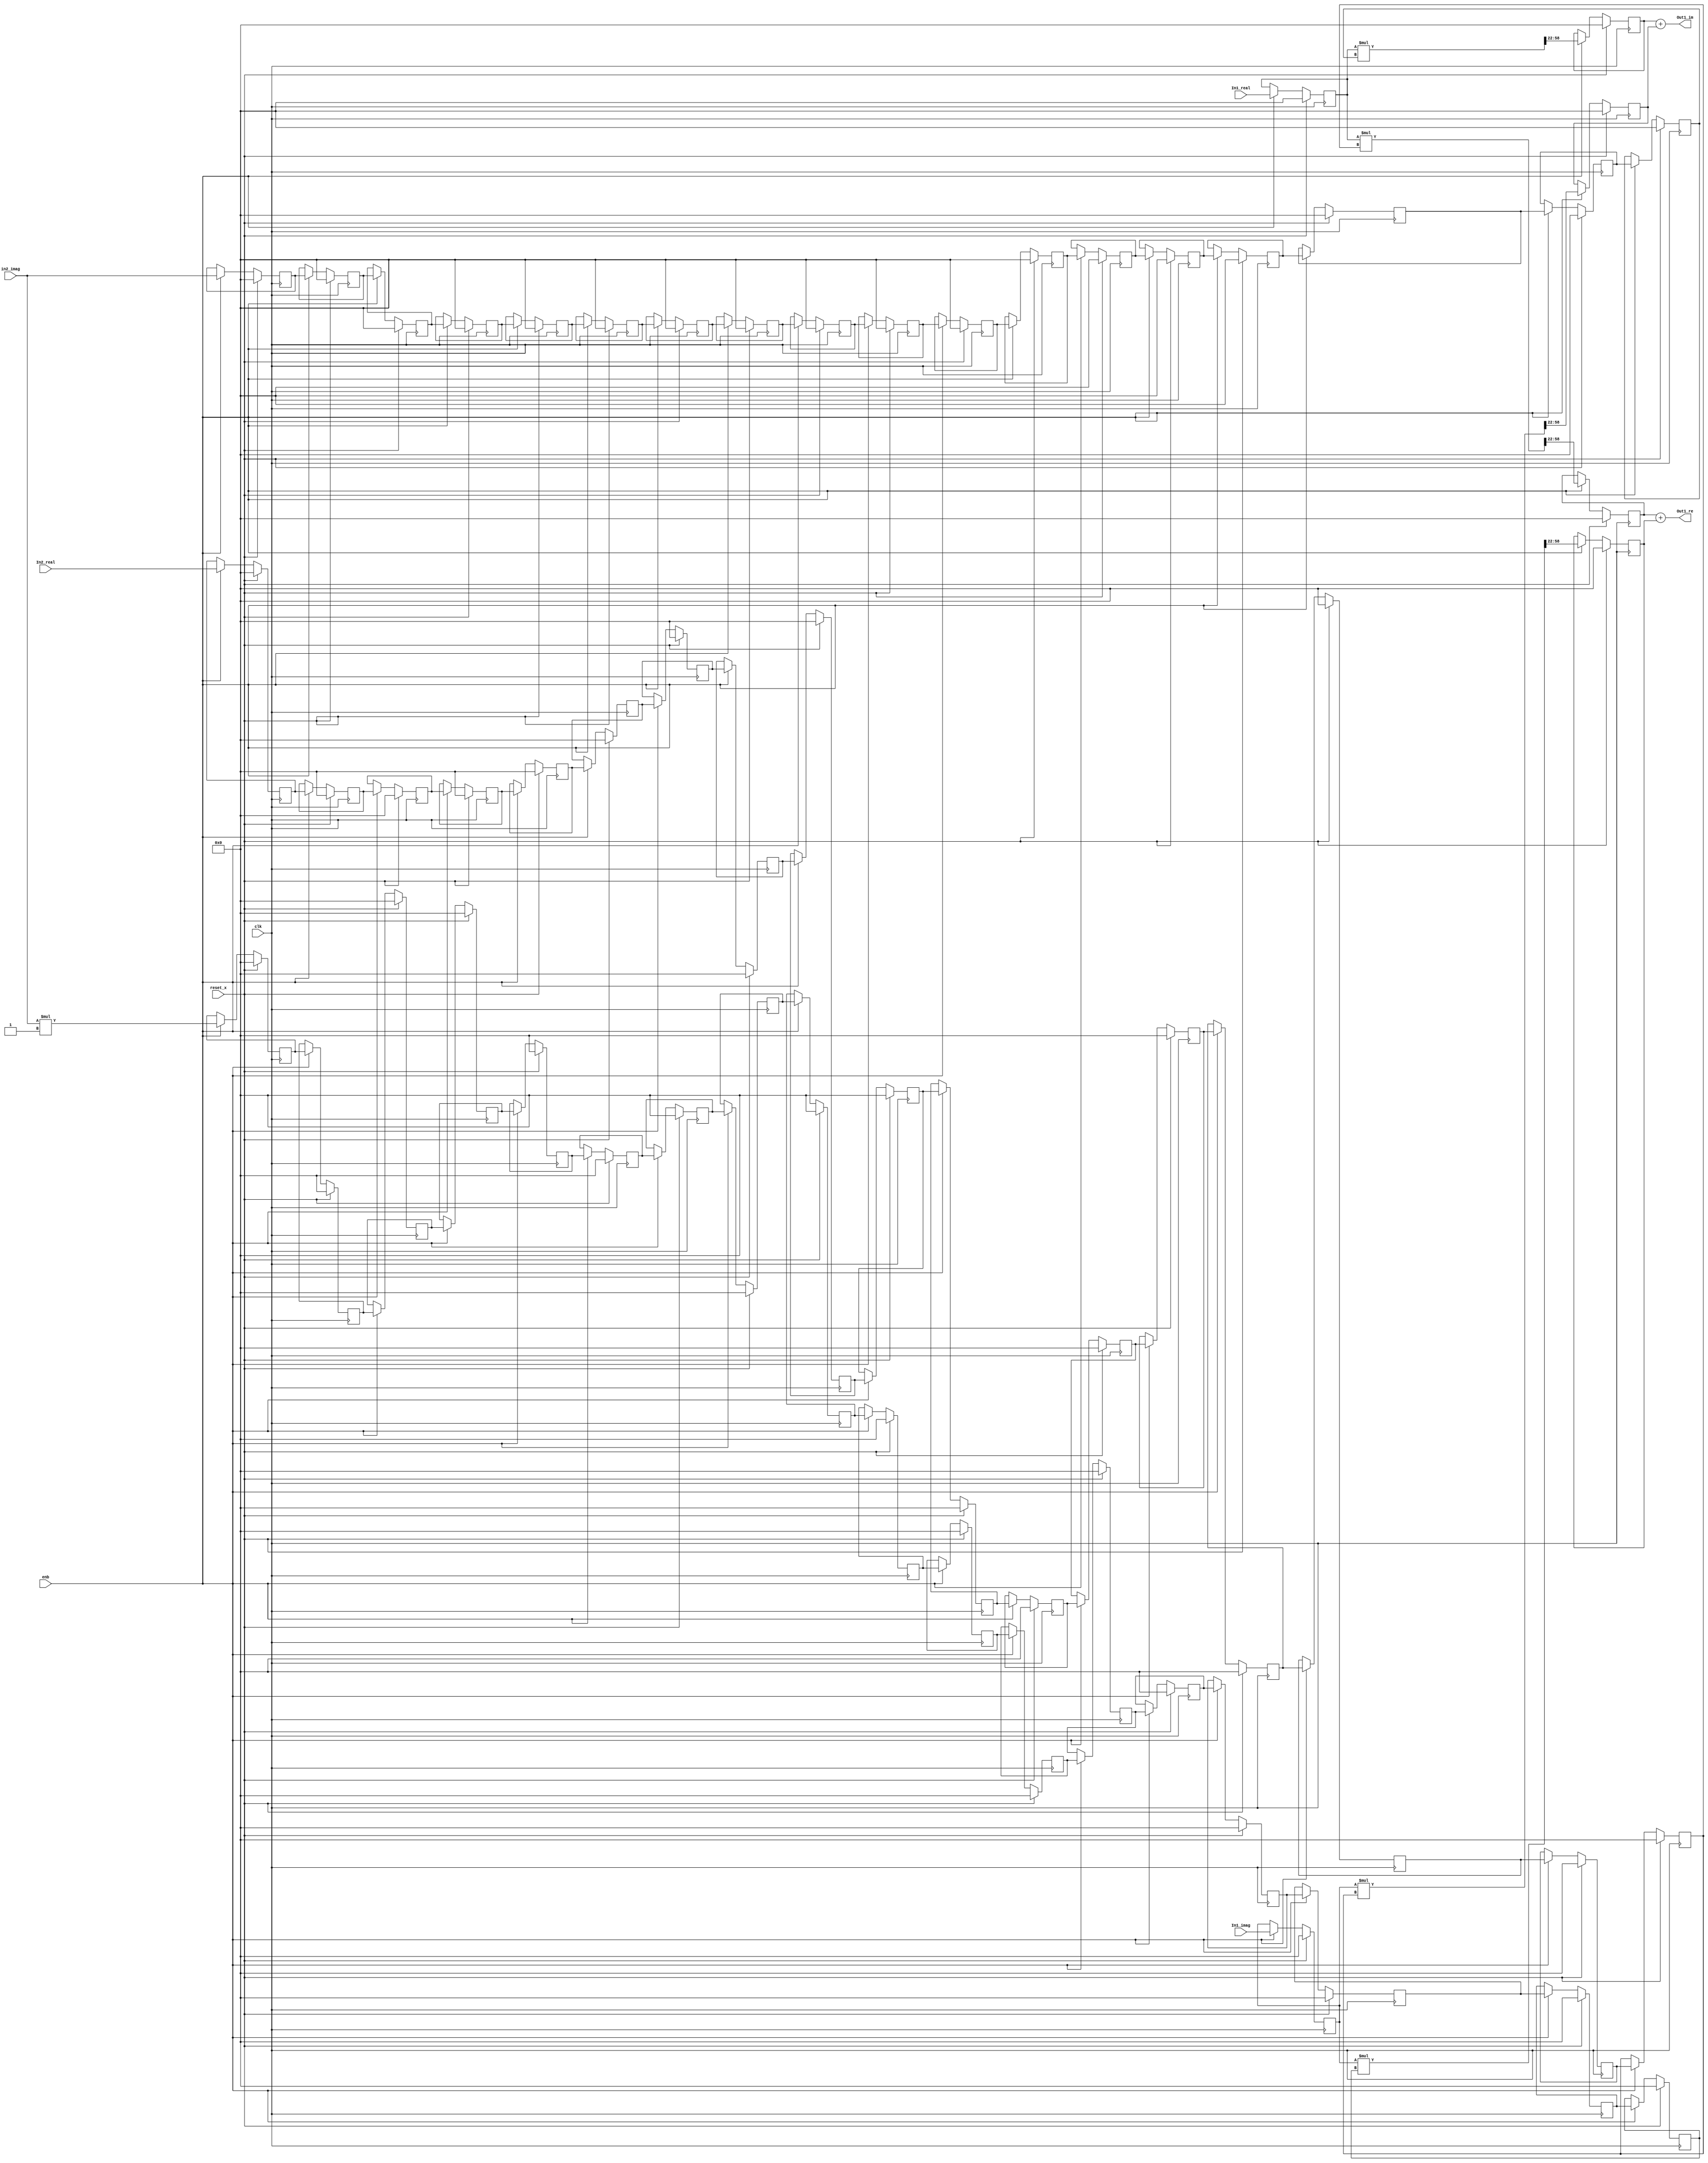
// -------------------------------------------------------------
// 
// 
// Generated by MATLAB 9.8 and HDL Coder 3.16
// 
// -------------------------------------------------------------


// -------------------------------------------------------------
// 
// Module: Complex_multiplication1_block29
// Source Path: newhope_cambios/FDHT/DFT_2/W50/Complex-multiplication1
// Hierarchy Level: 3
// 
// -------------------------------------------------------------

`timescale 1 ns / 1 ns

module Complex_multiplication1_block29
          (clk,
           reset_x,
           enb,
           In1_real,
           In1_imag,
           In2_real,
           in2_imag,
           Out1_re,
           Out1_im);


  input   clk;
  input   reset_x;
  input   enb;
  input   signed [36:0] In1_real;  // sfix37_En22
  input   signed [36:0] In1_imag;  // sfix37_En22
  input   signed [36:0] In2_real;  // sfix37_En22
  input   signed [36:0] in2_imag;  // sfix37_En22
  output  signed [36:0] Out1_re;  // sfix37_En22
  output  signed [36:0] Out1_im;  // sfix37_En22


  reg signed [36:0] In1_real_1;  // sfix37_En22
  reg signed [36:0] reduced_reg [0:17];  // sfix37 [18]
  wire signed [36:0] reduced_reg_next [0:17];  // sfix37_En22 [18]
  wire signed [36:0] In2_real_1;  // sfix37_En22
  wire signed [73:0] Product_mul_temp;  // sfix74_En44
  wire signed [36:0] Product_out1;  // sfix37_En22
  reg signed [36:0] Product_out1_1;  // sfix37_En22
  reg signed [36:0] In1_imag_1;  // sfix37_En22
  wire signed [1:0] Constant_out1;  // sfix2
  wire signed [38:0] Product4_mul_temp;  // sfix39_En22
  wire signed [36:0] Product4_out1;  // sfix37_En22
  reg signed [36:0] HwModeRegister3_reg [0:17];  // sfix37 [18]
  wire signed [36:0] HwModeRegister3_reg_next [0:17];  // sfix37_En22 [18]
  wire signed [36:0] Product4_out1_1;  // sfix37_En22
  wire signed [73:0] Product1_mul_temp;  // sfix74_En44
  wire signed [36:0] Product1_out1;  // sfix37_En22
  reg signed [36:0] Product1_out1_1;  // sfix37_En22
  wire signed [36:0] Sum_out1;  // sfix37_En22
  reg signed [36:0] HwModeRegister5_reg [0:17];  // sfix37 [18]
  wire signed [36:0] HwModeRegister5_reg_next [0:17];  // sfix37_En22 [18]
  wire signed [36:0] in2_imag_1;  // sfix37_En22
  wire signed [73:0] Product2_mul_temp;  // sfix74_En44
  wire signed [36:0] Product2_out1;  // sfix37_En22
  reg signed [36:0] Product2_out1_1;  // sfix37_En22
  wire signed [73:0] Product3_mul_temp;  // sfix74_En44
  wire signed [36:0] Product3_out1;  // sfix37_En22
  reg signed [36:0] Product3_out1_1;  // sfix37_En22
  wire signed [36:0] Sum1_out1;  // sfix37_En22


  always @(posedge clk)
    begin : reduced_process
      if (reset_x == 1'b1) begin
        In1_real_1 <= 37'sh0000000000;
      end
      else begin
        if (enb) begin
          In1_real_1 <= In1_real;
        end
      end
    end



  always @(posedge clk)
    begin : reduced_1_process
      if (reset_x == 1'b1) begin
        reduced_reg[0] <= 37'sh0000000000;
        reduced_reg[1] <= 37'sh0000000000;
        reduced_reg[2] <= 37'sh0000000000;
        reduced_reg[3] <= 37'sh0000000000;
        reduced_reg[4] <= 37'sh0000000000;
        reduced_reg[5] <= 37'sh0000000000;
        reduced_reg[6] <= 37'sh0000000000;
        reduced_reg[7] <= 37'sh0000000000;
        reduced_reg[8] <= 37'sh0000000000;
        reduced_reg[9] <= 37'sh0000000000;
        reduced_reg[10] <= 37'sh0000000000;
        reduced_reg[11] <= 37'sh0000000000;
        reduced_reg[12] <= 37'sh0000000000;
        reduced_reg[13] <= 37'sh0000000000;
        reduced_reg[14] <= 37'sh0000000000;
        reduced_reg[15] <= 37'sh0000000000;
        reduced_reg[16] <= 37'sh0000000000;
        reduced_reg[17] <= 37'sh0000000000;
      end
      else begin
        if (enb) begin
          reduced_reg[0] <= reduced_reg_next[0];
          reduced_reg[1] <= reduced_reg_next[1];
          reduced_reg[2] <= reduced_reg_next[2];
          reduced_reg[3] <= reduced_reg_next[3];
          reduced_reg[4] <= reduced_reg_next[4];
          reduced_reg[5] <= reduced_reg_next[5];
          reduced_reg[6] <= reduced_reg_next[6];
          reduced_reg[7] <= reduced_reg_next[7];
          reduced_reg[8] <= reduced_reg_next[8];
          reduced_reg[9] <= reduced_reg_next[9];
          reduced_reg[10] <= reduced_reg_next[10];
          reduced_reg[11] <= reduced_reg_next[11];
          reduced_reg[12] <= reduced_reg_next[12];
          reduced_reg[13] <= reduced_reg_next[13];
          reduced_reg[14] <= reduced_reg_next[14];
          reduced_reg[15] <= reduced_reg_next[15];
          reduced_reg[16] <= reduced_reg_next[16];
          reduced_reg[17] <= reduced_reg_next[17];
        end
      end
    end

  assign In2_real_1 = reduced_reg[17];
  assign reduced_reg_next[0] = In2_real;
  assign reduced_reg_next[1] = reduced_reg[0];
  assign reduced_reg_next[2] = reduced_reg[1];
  assign reduced_reg_next[3] = reduced_reg[2];
  assign reduced_reg_next[4] = reduced_reg[3];
  assign reduced_reg_next[5] = reduced_reg[4];
  assign reduced_reg_next[6] = reduced_reg[5];
  assign reduced_reg_next[7] = reduced_reg[6];
  assign reduced_reg_next[8] = reduced_reg[7];
  assign reduced_reg_next[9] = reduced_reg[8];
  assign reduced_reg_next[10] = reduced_reg[9];
  assign reduced_reg_next[11] = reduced_reg[10];
  assign reduced_reg_next[12] = reduced_reg[11];
  assign reduced_reg_next[13] = reduced_reg[12];
  assign reduced_reg_next[14] = reduced_reg[13];
  assign reduced_reg_next[15] = reduced_reg[14];
  assign reduced_reg_next[16] = reduced_reg[15];
  assign reduced_reg_next[17] = reduced_reg[16];



  assign Product_mul_temp = In1_real_1 * In2_real_1;
  assign Product_out1 = Product_mul_temp[58:22];



  always @(posedge clk)
    begin : PipelineRegister_process
      if (reset_x == 1'b1) begin
        Product_out1_1 <= 37'sh0000000000;
      end
      else begin
        if (enb) begin
          Product_out1_1 <= Product_out1;
        end
      end
    end



  always @(posedge clk)
    begin : reduced_2_process
      if (reset_x == 1'b1) begin
        In1_imag_1 <= 37'sh0000000000;
      end
      else begin
        if (enb) begin
          In1_imag_1 <= In1_imag;
        end
      end
    end



  assign Constant_out1 = 2'sb11;



  assign Product4_mul_temp = in2_imag * Constant_out1;
  assign Product4_out1 = Product4_mul_temp[36:0];



  always @(posedge clk)
    begin : HwModeRegister3_process
      if (reset_x == 1'b1) begin
        HwModeRegister3_reg[0] <= 37'sh0000000000;
        HwModeRegister3_reg[1] <= 37'sh0000000000;
        HwModeRegister3_reg[2] <= 37'sh0000000000;
        HwModeRegister3_reg[3] <= 37'sh0000000000;
        HwModeRegister3_reg[4] <= 37'sh0000000000;
        HwModeRegister3_reg[5] <= 37'sh0000000000;
        HwModeRegister3_reg[6] <= 37'sh0000000000;
        HwModeRegister3_reg[7] <= 37'sh0000000000;
        HwModeRegister3_reg[8] <= 37'sh0000000000;
        HwModeRegister3_reg[9] <= 37'sh0000000000;
        HwModeRegister3_reg[10] <= 37'sh0000000000;
        HwModeRegister3_reg[11] <= 37'sh0000000000;
        HwModeRegister3_reg[12] <= 37'sh0000000000;
        HwModeRegister3_reg[13] <= 37'sh0000000000;
        HwModeRegister3_reg[14] <= 37'sh0000000000;
        HwModeRegister3_reg[15] <= 37'sh0000000000;
        HwModeRegister3_reg[16] <= 37'sh0000000000;
        HwModeRegister3_reg[17] <= 37'sh0000000000;
      end
      else begin
        if (enb) begin
          HwModeRegister3_reg[0] <= HwModeRegister3_reg_next[0];
          HwModeRegister3_reg[1] <= HwModeRegister3_reg_next[1];
          HwModeRegister3_reg[2] <= HwModeRegister3_reg_next[2];
          HwModeRegister3_reg[3] <= HwModeRegister3_reg_next[3];
          HwModeRegister3_reg[4] <= HwModeRegister3_reg_next[4];
          HwModeRegister3_reg[5] <= HwModeRegister3_reg_next[5];
          HwModeRegister3_reg[6] <= HwModeRegister3_reg_next[6];
          HwModeRegister3_reg[7] <= HwModeRegister3_reg_next[7];
          HwModeRegister3_reg[8] <= HwModeRegister3_reg_next[8];
          HwModeRegister3_reg[9] <= HwModeRegister3_reg_next[9];
          HwModeRegister3_reg[10] <= HwModeRegister3_reg_next[10];
          HwModeRegister3_reg[11] <= HwModeRegister3_reg_next[11];
          HwModeRegister3_reg[12] <= HwModeRegister3_reg_next[12];
          HwModeRegister3_reg[13] <= HwModeRegister3_reg_next[13];
          HwModeRegister3_reg[14] <= HwModeRegister3_reg_next[14];
          HwModeRegister3_reg[15] <= HwModeRegister3_reg_next[15];
          HwModeRegister3_reg[16] <= HwModeRegister3_reg_next[16];
          HwModeRegister3_reg[17] <= HwModeRegister3_reg_next[17];
        end
      end
    end

  assign Product4_out1_1 = HwModeRegister3_reg[17];
  assign HwModeRegister3_reg_next[0] = Product4_out1;
  assign HwModeRegister3_reg_next[1] = HwModeRegister3_reg[0];
  assign HwModeRegister3_reg_next[2] = HwModeRegister3_reg[1];
  assign HwModeRegister3_reg_next[3] = HwModeRegister3_reg[2];
  assign HwModeRegister3_reg_next[4] = HwModeRegister3_reg[3];
  assign HwModeRegister3_reg_next[5] = HwModeRegister3_reg[4];
  assign HwModeRegister3_reg_next[6] = HwModeRegister3_reg[5];
  assign HwModeRegister3_reg_next[7] = HwModeRegister3_reg[6];
  assign HwModeRegister3_reg_next[8] = HwModeRegister3_reg[7];
  assign HwModeRegister3_reg_next[9] = HwModeRegister3_reg[8];
  assign HwModeRegister3_reg_next[10] = HwModeRegister3_reg[9];
  assign HwModeRegister3_reg_next[11] = HwModeRegister3_reg[10];
  assign HwModeRegister3_reg_next[12] = HwModeRegister3_reg[11];
  assign HwModeRegister3_reg_next[13] = HwModeRegister3_reg[12];
  assign HwModeRegister3_reg_next[14] = HwModeRegister3_reg[13];
  assign HwModeRegister3_reg_next[15] = HwModeRegister3_reg[14];
  assign HwModeRegister3_reg_next[16] = HwModeRegister3_reg[15];
  assign HwModeRegister3_reg_next[17] = HwModeRegister3_reg[16];



  assign Product1_mul_temp = In1_imag_1 * Product4_out1_1;
  assign Product1_out1 = Product1_mul_temp[58:22];



  always @(posedge clk)
    begin : PipelineRegister1_process
      if (reset_x == 1'b1) begin
        Product1_out1_1 <= 37'sh0000000000;
      end
      else begin
        if (enb) begin
          Product1_out1_1 <= Product1_out1;
        end
      end
    end



  assign Sum_out1 = Product_out1_1 + Product1_out1_1;



  assign Out1_re = Sum_out1;

  always @(posedge clk)
    begin : HwModeRegister5_process
      if (reset_x == 1'b1) begin
        HwModeRegister5_reg[0] <= 37'sh0000000000;
        HwModeRegister5_reg[1] <= 37'sh0000000000;
        HwModeRegister5_reg[2] <= 37'sh0000000000;
        HwModeRegister5_reg[3] <= 37'sh0000000000;
        HwModeRegister5_reg[4] <= 37'sh0000000000;
        HwModeRegister5_reg[5] <= 37'sh0000000000;
        HwModeRegister5_reg[6] <= 37'sh0000000000;
        HwModeRegister5_reg[7] <= 37'sh0000000000;
        HwModeRegister5_reg[8] <= 37'sh0000000000;
        HwModeRegister5_reg[9] <= 37'sh0000000000;
        HwModeRegister5_reg[10] <= 37'sh0000000000;
        HwModeRegister5_reg[11] <= 37'sh0000000000;
        HwModeRegister5_reg[12] <= 37'sh0000000000;
        HwModeRegister5_reg[13] <= 37'sh0000000000;
        HwModeRegister5_reg[14] <= 37'sh0000000000;
        HwModeRegister5_reg[15] <= 37'sh0000000000;
        HwModeRegister5_reg[16] <= 37'sh0000000000;
        HwModeRegister5_reg[17] <= 37'sh0000000000;
      end
      else begin
        if (enb) begin
          HwModeRegister5_reg[0] <= HwModeRegister5_reg_next[0];
          HwModeRegister5_reg[1] <= HwModeRegister5_reg_next[1];
          HwModeRegister5_reg[2] <= HwModeRegister5_reg_next[2];
          HwModeRegister5_reg[3] <= HwModeRegister5_reg_next[3];
          HwModeRegister5_reg[4] <= HwModeRegister5_reg_next[4];
          HwModeRegister5_reg[5] <= HwModeRegister5_reg_next[5];
          HwModeRegister5_reg[6] <= HwModeRegister5_reg_next[6];
          HwModeRegister5_reg[7] <= HwModeRegister5_reg_next[7];
          HwModeRegister5_reg[8] <= HwModeRegister5_reg_next[8];
          HwModeRegister5_reg[9] <= HwModeRegister5_reg_next[9];
          HwModeRegister5_reg[10] <= HwModeRegister5_reg_next[10];
          HwModeRegister5_reg[11] <= HwModeRegister5_reg_next[11];
          HwModeRegister5_reg[12] <= HwModeRegister5_reg_next[12];
          HwModeRegister5_reg[13] <= HwModeRegister5_reg_next[13];
          HwModeRegister5_reg[14] <= HwModeRegister5_reg_next[14];
          HwModeRegister5_reg[15] <= HwModeRegister5_reg_next[15];
          HwModeRegister5_reg[16] <= HwModeRegister5_reg_next[16];
          HwModeRegister5_reg[17] <= HwModeRegister5_reg_next[17];
        end
      end
    end

  assign in2_imag_1 = HwModeRegister5_reg[17];
  assign HwModeRegister5_reg_next[0] = in2_imag;
  assign HwModeRegister5_reg_next[1] = HwModeRegister5_reg[0];
  assign HwModeRegister5_reg_next[2] = HwModeRegister5_reg[1];
  assign HwModeRegister5_reg_next[3] = HwModeRegister5_reg[2];
  assign HwModeRegister5_reg_next[4] = HwModeRegister5_reg[3];
  assign HwModeRegister5_reg_next[5] = HwModeRegister5_reg[4];
  assign HwModeRegister5_reg_next[6] = HwModeRegister5_reg[5];
  assign HwModeRegister5_reg_next[7] = HwModeRegister5_reg[6];
  assign HwModeRegister5_reg_next[8] = HwModeRegister5_reg[7];
  assign HwModeRegister5_reg_next[9] = HwModeRegister5_reg[8];
  assign HwModeRegister5_reg_next[10] = HwModeRegister5_reg[9];
  assign HwModeRegister5_reg_next[11] = HwModeRegister5_reg[10];
  assign HwModeRegister5_reg_next[12] = HwModeRegister5_reg[11];
  assign HwModeRegister5_reg_next[13] = HwModeRegister5_reg[12];
  assign HwModeRegister5_reg_next[14] = HwModeRegister5_reg[13];
  assign HwModeRegister5_reg_next[15] = HwModeRegister5_reg[14];
  assign HwModeRegister5_reg_next[16] = HwModeRegister5_reg[15];
  assign HwModeRegister5_reg_next[17] = HwModeRegister5_reg[16];



  assign Product2_mul_temp = In1_real_1 * in2_imag_1;
  assign Product2_out1 = Product2_mul_temp[58:22];



  always @(posedge clk)
    begin : PipelineRegister2_process
      if (reset_x == 1'b1) begin
        Product2_out1_1 <= 37'sh0000000000;
      end
      else begin
        if (enb) begin
          Product2_out1_1 <= Product2_out1;
        end
      end
    end



  assign Product3_mul_temp = In1_imag_1 * In2_real_1;
  assign Product3_out1 = Product3_mul_temp[58:22];



  always @(posedge clk)
    begin : PipelineRegister3_process
      if (reset_x == 1'b1) begin
        Product3_out1_1 <= 37'sh0000000000;
      end
      else begin
        if (enb) begin
          Product3_out1_1 <= Product3_out1;
        end
      end
    end



  assign Sum1_out1 = Product2_out1_1 + Product3_out1_1;



  assign Out1_im = Sum1_out1;

endmodule  // Complex_multiplication1_block29